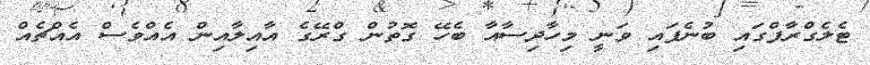
ޓެލެގްރާފްގައި ބުނެފައި ވަނީ މިހާދިސާއާ ބެހޭ ގޮތުން ގްރޭގެ އާއިލާއިން އެއްވެސް އެއްޗެއް